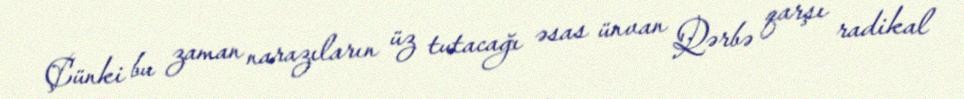
Çünki bu zaman narazıların üz tutacağı əsas ünvan Qərbə qarşı radikal